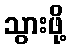
သွားဖို့